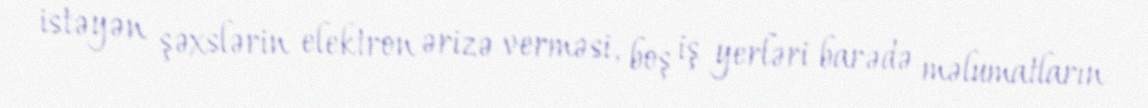
istəyən şəxslərin elektron ərizə verməsi, boş iş yerləri barədə məlumatların